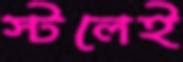
স্টলেই